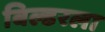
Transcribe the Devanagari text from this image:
बिल्डरला